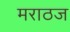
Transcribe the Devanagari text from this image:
मराठज